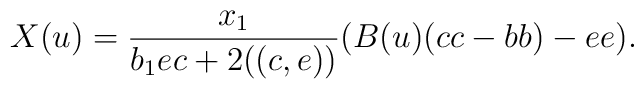
X(u)=\frac{x_1}{b_1 e c+2 ((c,e))} (B(u) (cc-bb)- e e).